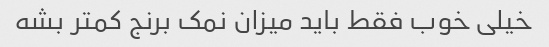
خیلی خوب فقط باید میزان نمک برنج کمتر بشه